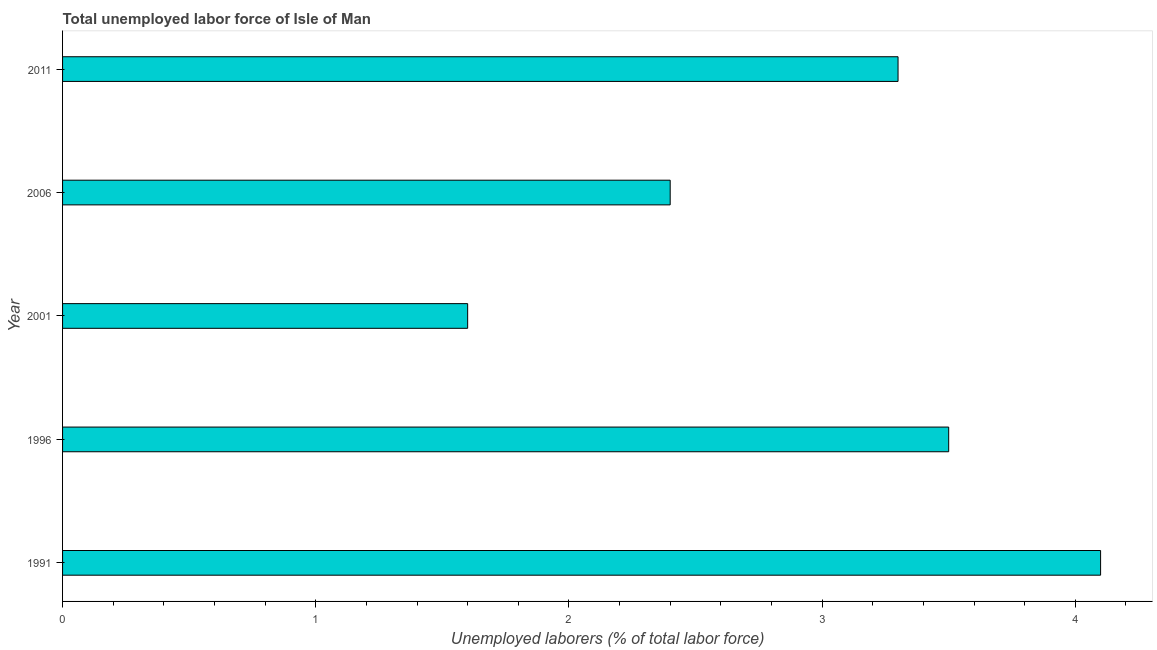
| Year | Unemployment total |
 | --- | --- |
 | 1991 | 4.1 |
 | 1996 | 3.5 |
 | 2001 | 1.6 |
 | 2006 | 2.4 |
 | 2011 | 3.3 |